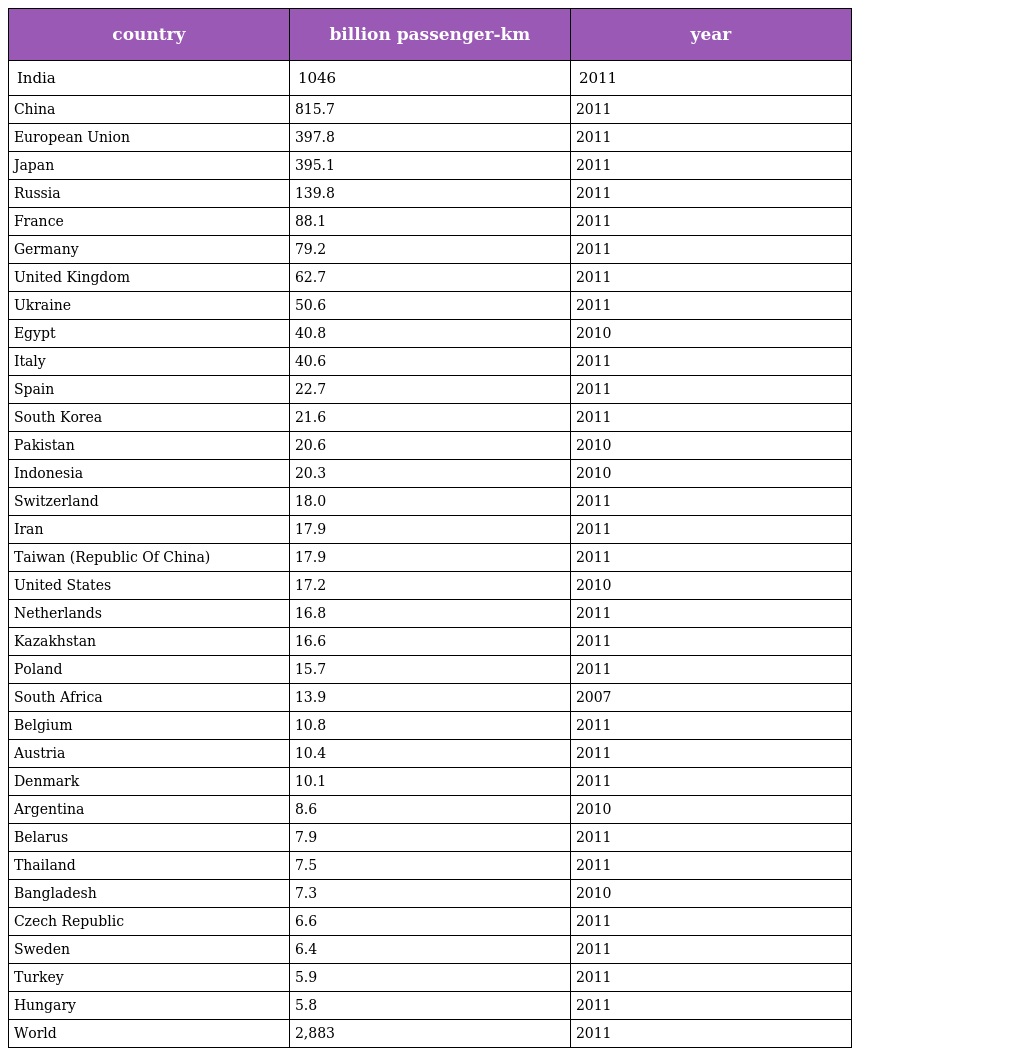
| country | billion passenger-km | year |
 | --- | --- | --- |
 | India | 1046 | 2011 |
 | China | 815.7 | 2011 |
 | European Union | 397.8 | 2011 |
 | Japan | 395.1 | 2011 |
 | Russia | 139.8 | 2011 |
 | France | 88.1 | 2011 |
 | Germany | 79.2 | 2011 |
 | United Kingdom | 62.7 | 2011 |
 | Ukraine | 50.6 | 2011 |
 | Egypt | 40.8 | 2010 |
 | Italy | 40.6 | 2011 |
 | Spain | 22.7 | 2011 |
 | South Korea | 21.6 | 2011 |
 | Pakistan | 20.6 | 2010 |
 | Indonesia | 20.3 | 2010 |
 | Switzerland | 18.0 | 2011 |
 | Iran | 17.9 | 2011 |
 | Taiwan (Republic Of China) | 17.9 | 2011 |
 | United States | 17.2 | 2010 |
 | Netherlands | 16.8 | 2011 |
 | Kazakhstan | 16.6 | 2011 |
 | Poland | 15.7 | 2011 |
 | South Africa | 13.9 | 2007 |
 | Belgium | 10.8 | 2011 |
 | Austria | 10.4 | 2011 |
 | Denmark | 10.1 | 2011 |
 | Argentina | 8.6 | 2010 |
 | Belarus | 7.9 | 2011 |
 | Thailand | 7.5 | 2011 |
 | Bangladesh | 7.3 | 2010 |
 | Czech Republic | 6.6 | 2011 |
 | Sweden | 6.4 | 2011 |
 | Turkey | 5.9 | 2011 |
 | Hungary | 5.8 | 2011 |
 | World | 2,883 | 2011 |